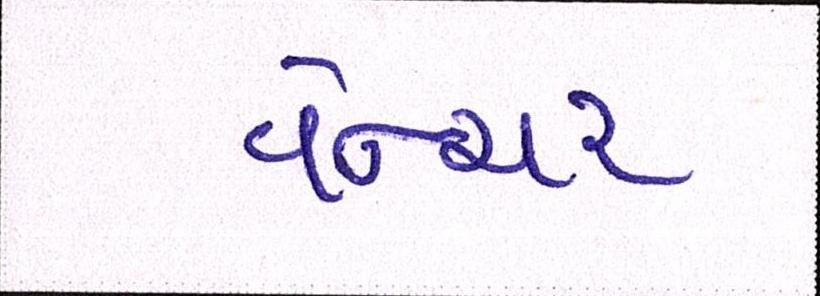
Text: વેન્ચર